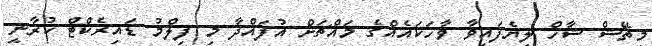
މިތޭޝް ޝާހް ލިޔެފައިވާ ވާހަކައެއްގެ މައްޗަށް އުފައްދާ މި ފިލްމު ޑައިރެކްޓް ކުރާނީ